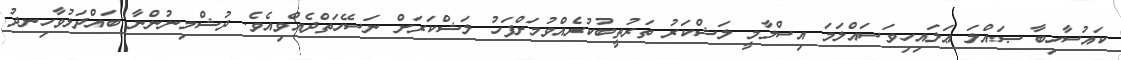
ކައުސާހިބާ ޞައްލަ ޢަލައިހިވަސައްލަމަ އިސްލާމީ ލަޝްކަރު ތަރުތީބުކުރެއްވުމަށްފަހު ލަޝްކަރަށް ނަސޭހަތްދެއްވިއެވެ. ދުޝްމިނުންނާ ބައްދަލުވާހިނދު